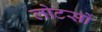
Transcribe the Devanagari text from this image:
लोटसों